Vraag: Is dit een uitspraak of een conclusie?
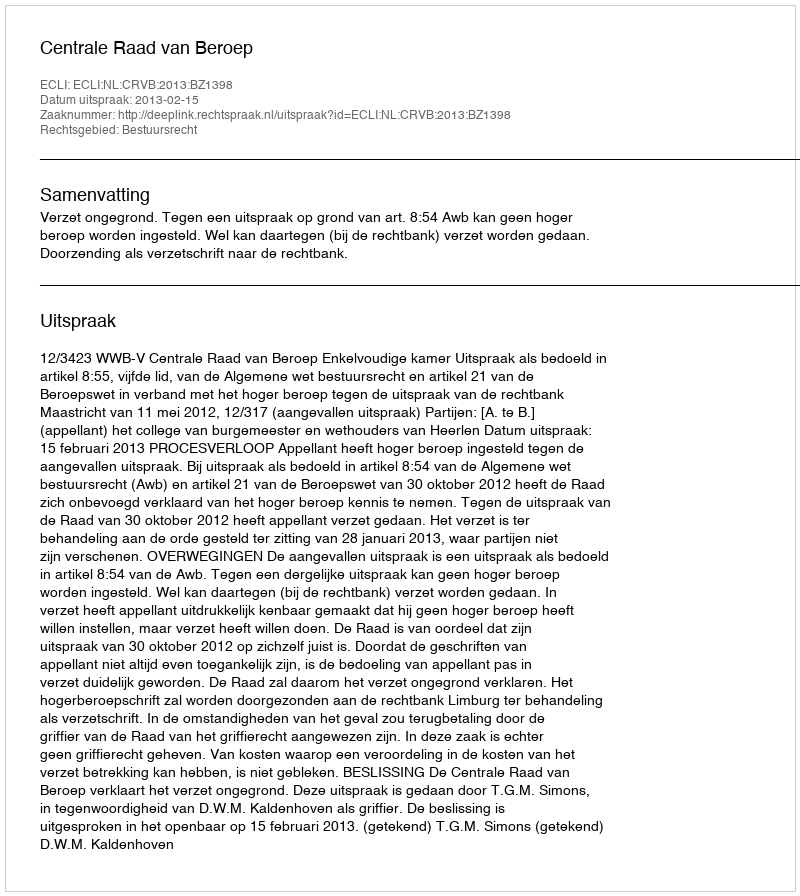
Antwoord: Uitspraak